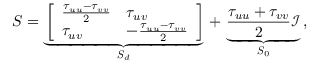
\ensuremath { \boldsymbol { S } } = \underbrace { \left[ \begin{array} { l l } { \frac { \tau _ { u u } - \tau _ { v v } } { 2 } } & { \tau _ { u v } } \\ { \tau _ { u v } } & { - \frac { \tau _ { u u } - \tau _ { v v } } { 2 } } \end{array} \right] } _ { \ensuremath { \boldsymbol { S } } _ { d } } \, + \, \underbrace { \frac { \tau _ { u u } + \tau _ { v v } } { 2 } \ensuremath { \boldsymbol { \mathcal { I } } } } _ { \ensuremath { \boldsymbol { S } } _ { 0 } } \, ,